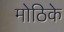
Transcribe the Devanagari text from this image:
मोठिके